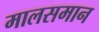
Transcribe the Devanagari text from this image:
मालसमान